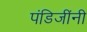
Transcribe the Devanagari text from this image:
पंडिजींनी